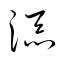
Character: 添